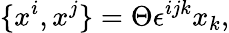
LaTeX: \{ x^{i},x^{j}\} =\Theta\epsilon^{ijk}x_{k},